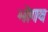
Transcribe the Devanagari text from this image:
भोगव